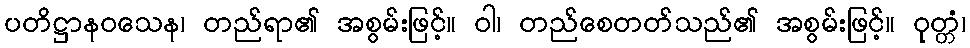
ပတိဋ္ဌာနဝသေန၊ တည်ရာ၏ အစွမ်းဖြင့်။ ဝါ၊ တည်စေတတ်သည်၏ အစွမ်းဖြင့်။ ဝုတ္တံ၊